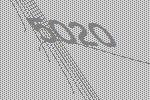
5020